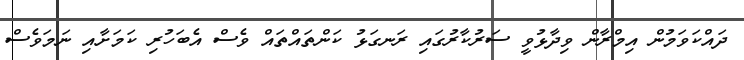
ދައްކަވަމުން އިމްރާން ވިދާޅުވީ ސަރުކާރުގައި ރަނގަޅު ކަންތައްތައް ވެސް އެބަހުރި ކަމަށާއި ނަމަވެސް